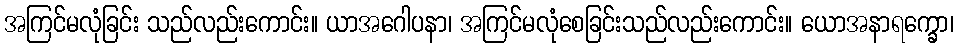
အကြင်မလုံခြင်း သည်လည်းကောင်း။ ယာအဂေါပနာ၊ အကြင်မလုံစေခြင်းသည်လည်းကောင်း။ ယောအနာရက္ခော၊